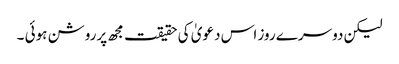
لیکن دوسرے روز اس دعویٰ کی حقیقت مجھ پرروشن ہوئی ۔